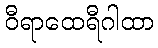
ဝီရာထေရီဂါထာ